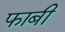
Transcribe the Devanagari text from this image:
फाबी